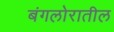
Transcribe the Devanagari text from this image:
बंगलोरातील